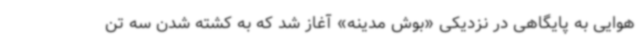
هوایی به پایگاهی در نزدیکی «بوش مدینه» آغاز شد که به کشته شدن سه تن